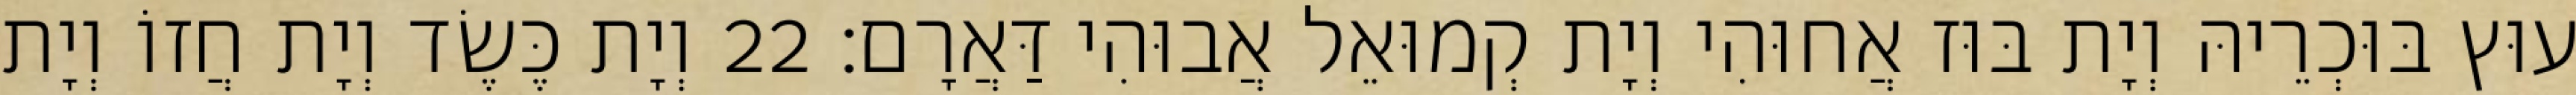
עוּץ בּוּכְרֵיהּ וְיָת בּוּז אֲחוּהִי וְיָת קְמוּאֵל אֲבוּהִי דַּאֲרָם׃ 22 וְיָת כֶּשֶׂד וְיָת חֲזוֹ וְיָת